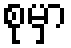
စုမှာ